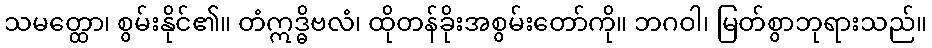
သမတ္ထော၊ စွမ်းနိုင်၏။ တံဣဒ္ဓိဗလံ၊ ထိုတန်ခိုးအစွမ်းတော်ကို။ ဘဂဝါ၊ မြတ်စွာဘုရားသည်။